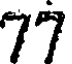
77